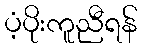
ပံ့ပိုးကူညီရန်